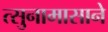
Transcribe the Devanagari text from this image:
त्सुनामासाने